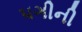
પગીની